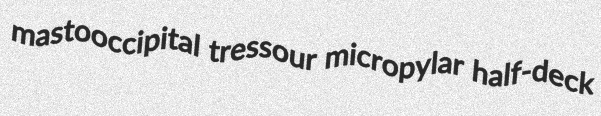
mastooccipital tressour micropylar half-deck